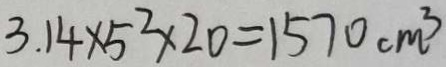
3 . 1 4 \times 5 ^ { 2 } \times 2 0 = 1 5 7 0 c m ^ { 3 }